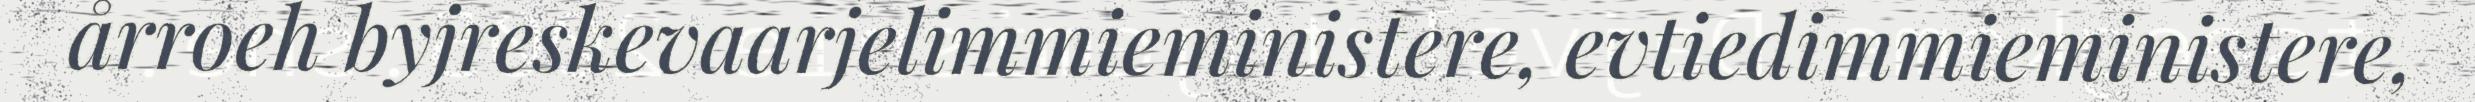
årroeh byjreskevaarjelimmieministere, evtiedimmieministere,